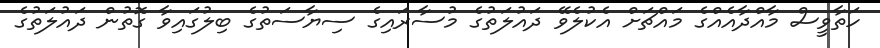
ހަތާވީސް މާއްދާއެއްގެ މައްޗަށް އެކުލެވޭ ދައުލަތުގެ މުސާރައިގެ ސިޔާސަތުގެ ބިލުގައިވާ ގޮތުން ދައުލަތުގެ